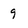
Character: 9